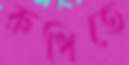
রুধিতে